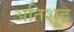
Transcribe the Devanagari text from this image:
अतिशू्द्र